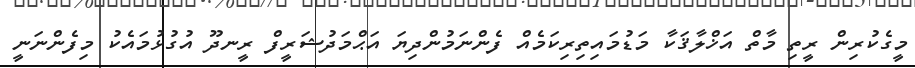
މީގެކުރިން ރީތި މާތް އަޚްލާޤަކާ މަޑުމައިތިރިކަމެއް ފެންނަމުންދިޔަ އަޙްމަދުޝަރީފް ރީނދޫ އުގުޅުމައެކު މިފެންނަނީ